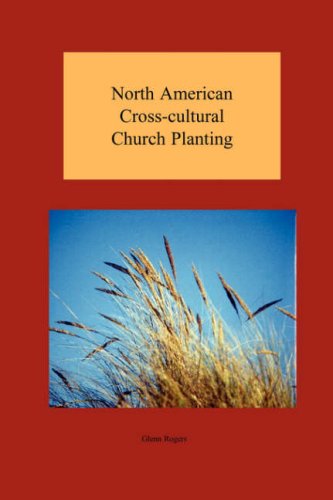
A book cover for North American Cross-cultural Church Planting; Glenn Rogers; Christian Books & Bibles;